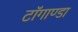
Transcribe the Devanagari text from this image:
टाॅगाण्डा